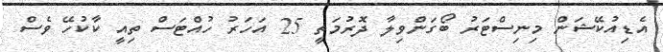
އެޑިއުކޭޝަން މިނިސްޓަރު ބޯގަންވިލާ ދޮރުމަތީ 25 އަހަރު ހުއްޓަސް ތިއީ ކާކުހޭ ވެސް